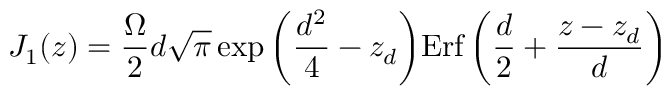
J _ { 1 } ( z ) = \frac { \Omega } { 2 } d \sqrt { \pi } \exp { \bigg ( \frac { d ^ { 2 } } { 4 } - z _ { d } \bigg ) } \mathrm { E r f } \, { \bigg ( \frac { d } { 2 } + \frac { z - z _ { d } } { d } \bigg ) }